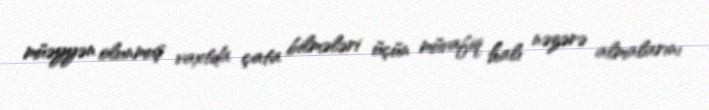
müəyyən olunmuş vaxtda çata bilmələri üçün müvafiq halı nəzərə almalarını